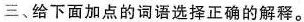
三、给下面加点的词语选择正确的解释。